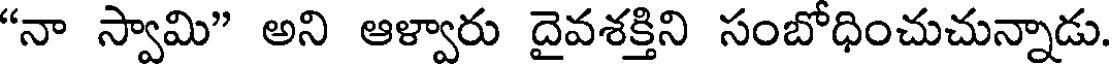
"నా స్వామి" అని ఆళ్వారు దైవశక్తిని సంబోధించుచున్నాడు.